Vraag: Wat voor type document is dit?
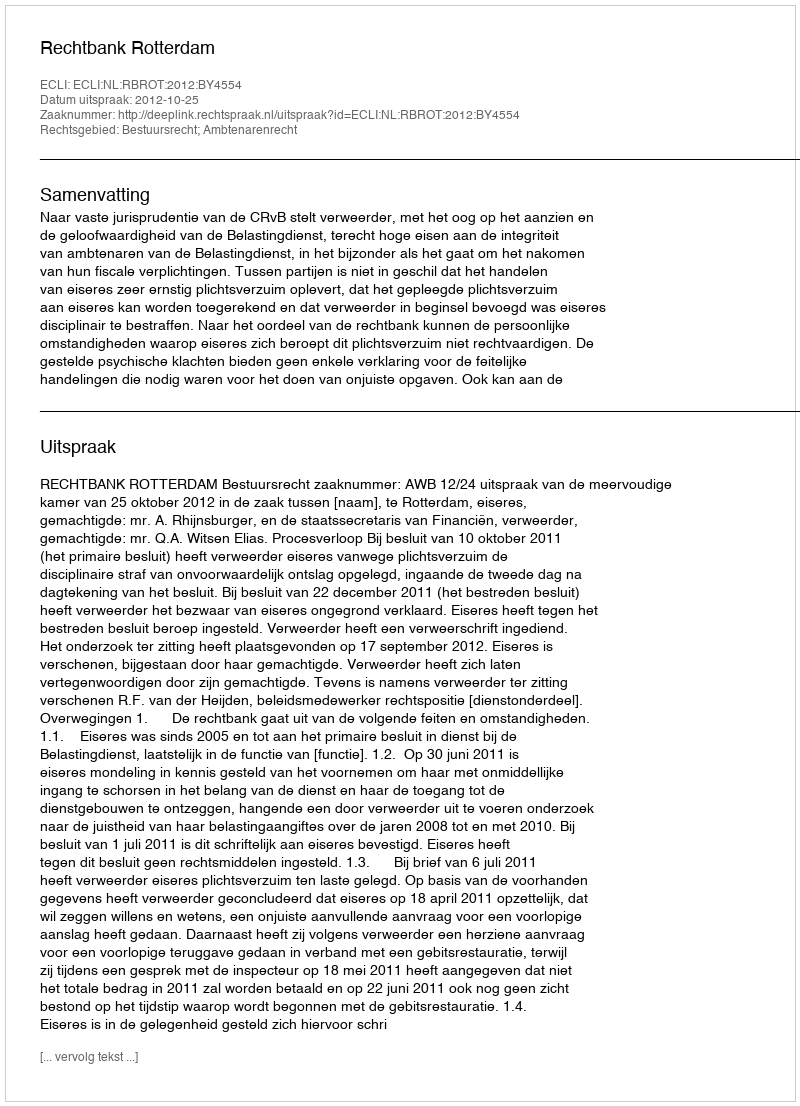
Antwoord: Uitspraak